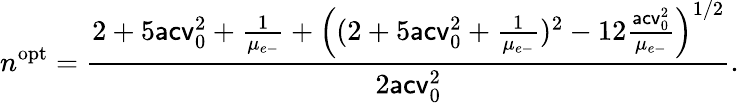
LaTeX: n^{\mathrm{opt}}=\frac{2+5\mathsf{acv}_{0}^{2}+\frac{1}{\mu_{e\mathrm{-}}}+\left((2+5\mathsf{acv}_{0}^{2}+\frac{1}{\mu_{e\mathrm{-}}})^{2}-12\frac{\mathsf{acv}_{0}^{2}}{\mu_{e\mathrm{-}}}\right)^{1/2}}{2\mathsf{acv}_{0}^{2}}.